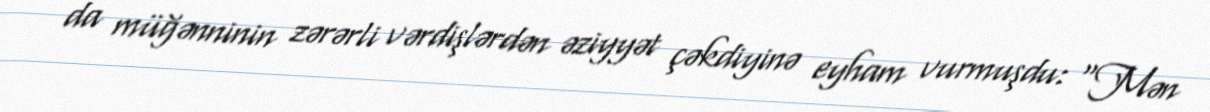
da müğənninin zərərli vərdişlərdən əziyyət çəkdiyinə eyham vurmuşdu: “Mən